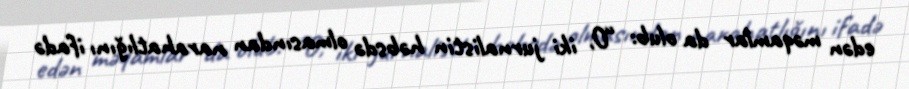
edən məqamlar da olub: “O, iki jurnalistin həbsdə olmasından narahatlığını ifadə